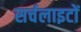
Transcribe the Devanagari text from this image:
सर्चलाइटों